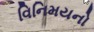
વિનિમયનો